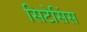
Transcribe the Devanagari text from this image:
सिटेसिंस